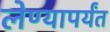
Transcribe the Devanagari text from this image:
लेण्यापर्यंत